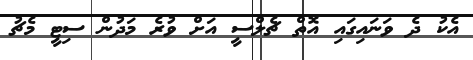
އެކު ދެ ވަނައިގައި އޮތް ޗެލްސީ އަށް ވުރެ މަދުން ސިޓީ މެޗު